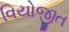
વિયોજીત